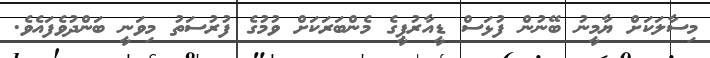
މިސާލަކަށް ޔާމީނު ބޭނުން ފުޅަސް ޑީއާރުޕީގެ މެންބަރަކަށް ވުމުގެ ފުރުސަތު މިވަނީ ބަންދުވެފައެވެ.